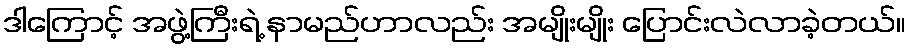
ဒါကြောင့် အဖွဲ့ကြီးရဲ့ နာမည်ဟာလည်း အမျိုးမျိုး ပြောင်းလဲလာခဲ့တယ်။